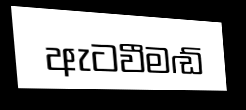
ඇටවීමඬ්